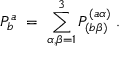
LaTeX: P _ { b } ^ { a } \; = \; \sum _ { \alpha , \beta = 1 } ^ { 3 } P _ { ( b \beta ) } ^ { ( a \alpha ) } \; .